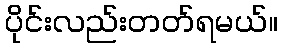
ပိုင်းလည်းတတ်ရမယ်။